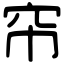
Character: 帘